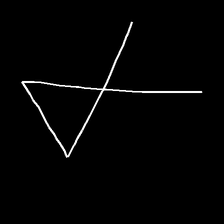
Glyph: collection